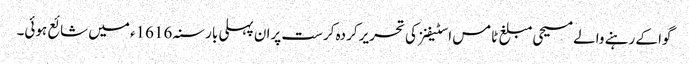
گوا کے رہنے والے مسیحی مبلغ ٹامس اسٹیفنز کی تحریر کردہ کرست پران پہلی بار سنہ 1616ء میں شائع ہوئی۔